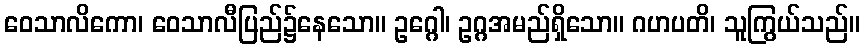
ဝေသာလိကော၊ ဝေသာလီပြည်၌နေသော။ ဥဂ္ဂေါ၊ ဥဂ္ဂအမည်ရှိသော။ ဂဟပတိ၊ သူကြွယ်သည်။